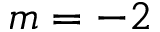
m = - 2